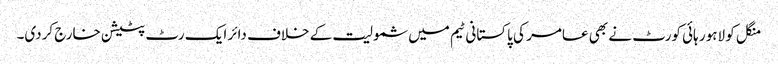
منگل کو لاہور ہائی کورٹ نے بھی عامر کی پاکستانی ٹیم میں شمولیت کے خلاف دائر ایک رٹ پٹیشن خارج کردی۔